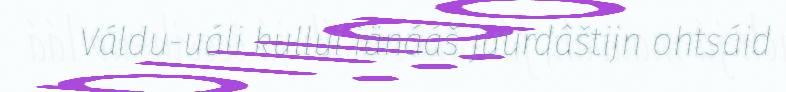
Váldu-uáli kullui iänááš juurdâštijn ohtsáid